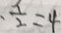
\frac { 1 } { 2 } = 4